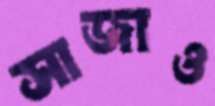
সাজাও